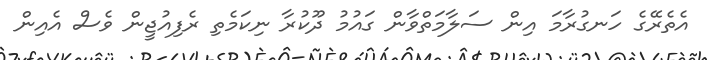
އެތެރޭގެ ހަނގުރާމަ އިން ސަލާމަތްވާން ގައުމު ދޫކުރާ ނިކަމެތި ރެފިއުޖީން ވެސް އެއިން